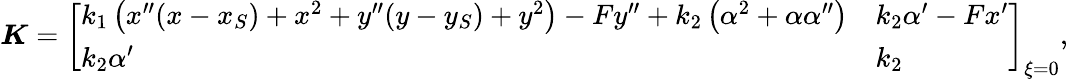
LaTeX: \boldsymbol{K}=\left[\begin{array}{ll}{k_{1}\left(x^{\prime\prime}(x-x_{S})+x^{2}+y^{\prime\prime}(y-y_{S})+y^{2}\right)-Fy^{\prime\prime}+k_{2}\left(\alpha^{2}+\alpha\alpha^{\prime\prime}\right)}&{k_{2}\alpha^{\prime}-Fx^{\prime}}\\ {k_{2}\alpha^{\prime}}&{k_{2}}\end{array}\right]_{\xi=0},